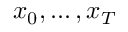
x _ { 0 } , \ldots , x _ { T }